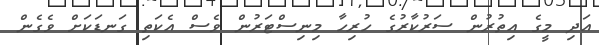
އަދި މީގެ އިތުރުން ސަރުކާރުގެ ހުރިހާ މިނިސްޓަރުން ވެސް އެކަތި ގަނޑަކަށް ވެގެން